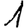
Digit: 1